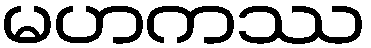
မဟကဿ